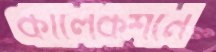
কালেকশনে